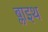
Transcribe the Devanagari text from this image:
ब्लाइथ